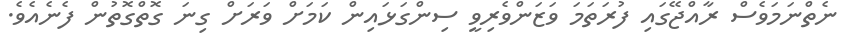
ނެތްނަމަވެސް ރާއްޖޭގައި ފުރަތަމަ ވަޒަންވެރިވީ ސިންގަޅައިން ކަމަށް ވަރަށް ގިނަ ގޮތްގޮތުން ފެނެއެވެ.